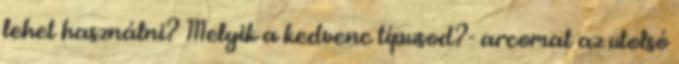
lehet használni? Melyik a kedvenc típusod?- arcomat az utolsó